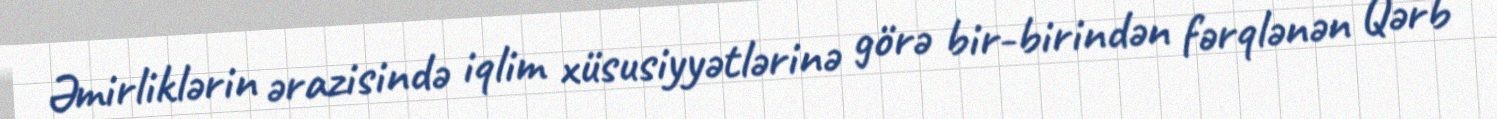
Əmirliklərin ərazisində iqlim xüsusiyyətlərinə görə bir-birindən fərqlənən Qərb